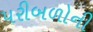
પરીબળોની